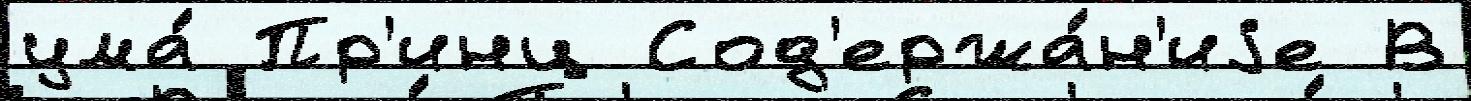
ума́ Пр'инц Сод'ержа́н'иjе В